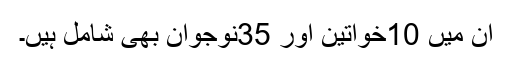
ان میں 10خواتین اور 35نوجوان بھی شامل ہیں۔